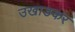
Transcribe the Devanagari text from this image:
उखाङकर